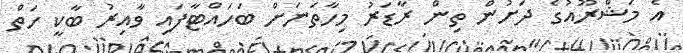
އެ މަޝްރޫއުގެ ދަށުން ތިން ރާޑަރު މިހާތަނަށް ބަހައްޓާފައި ވާއިރު ބާކީ ހަތް